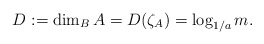
\begin{align*}D:=\dim_BA=D(\zeta_A)=\log_{1/a}m.\end{align*}